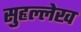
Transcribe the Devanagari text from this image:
सुहृल्लेख